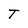
Character: T